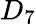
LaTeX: D_{7}